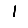
Digit: 1